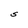
Character: S